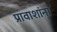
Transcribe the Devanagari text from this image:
प्रावाशांना